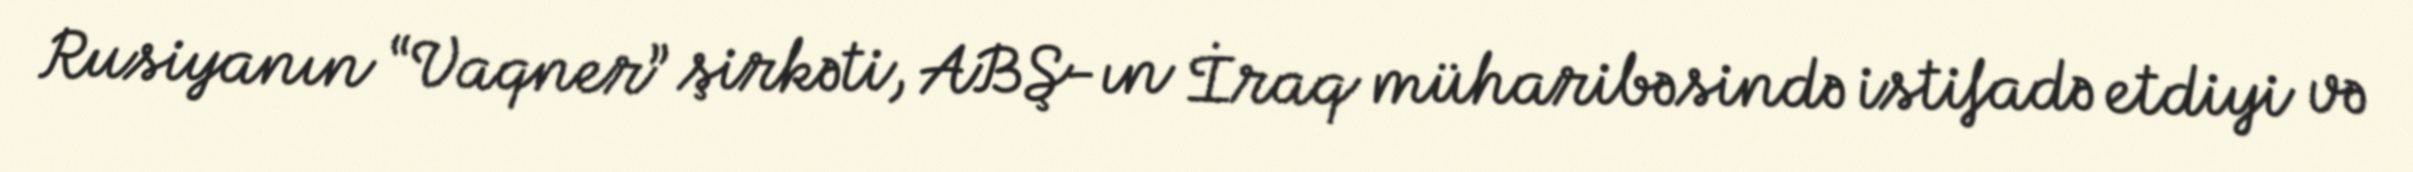
Rusiyanın “Vaqner” şirkəti, ABŞ-ın İraq müharibəsində istifadə etdiyi və